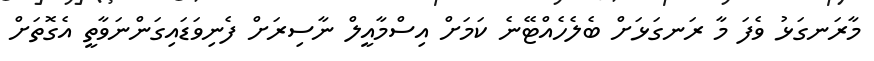
މާރަނގަޅު ވެފަ މާ ރަނގަޅަށް ބެލެހެއްޓޭނެ ކަމަށް އިސްމާއީލް ނާސިރަށް ފެނިވަޑައިގަންނަވާތީ އެގޮތަށް